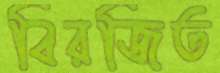
বিরজিত